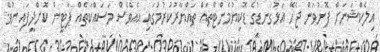
އިލެކްޝަނަށް ފޮނުވަން ޖެހޭ އަޅުގަނޑުގެ ޑޮކިޔުމެންޓްތައް ތައްޔާރުކުރުމުގައި އެއްވެސް މަސައްކަތެއް ޕާޓީން ކޮށްދީފައިނުވޭ.